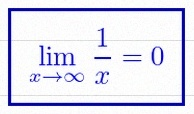
\lim_{x\to\infty}\frac{1}{x}=0